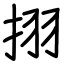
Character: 挧